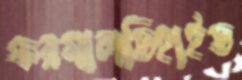
ফরমালডিহাইড